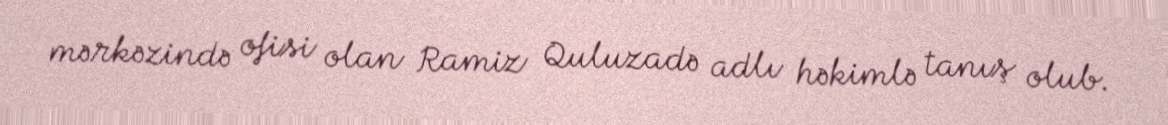
mərkəzində ofisi olan Ramiz Quluzadə adlı həkimlə tanış olub.